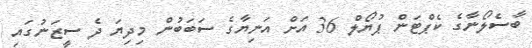
ބާސެލޯނާގެ ކެޕްޓަން ޕުޔޯލް 36 އަށް އަނިޔާގެ ސަބަބުން މިދިޔަ ދެ ސީޒަނުގައި